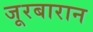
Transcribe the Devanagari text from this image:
जूरबारान